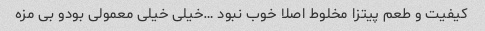
کیفیت و طعم پیتزا مخلوط اصلا خوب نبود …خیلی خیلی معمولی بود‌و بی مزه